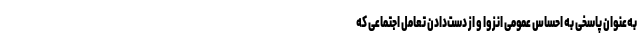
به‌عنوان پاسخی به احساس عمومی انزوا و از دست‌دادن تعامل اجتماعی که